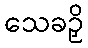
သေခဉှိ